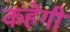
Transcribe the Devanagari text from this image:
कहेगी